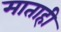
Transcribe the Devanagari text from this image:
माताही